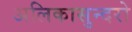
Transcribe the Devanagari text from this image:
अलिकासुन्दरो